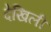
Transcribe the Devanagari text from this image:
देखिली